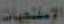
الإسفنجيات